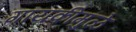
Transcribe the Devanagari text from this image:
गायकीमुळे